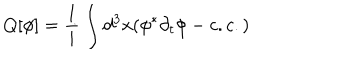
Q [ \phi ] = \frac { 1 } { i } \int d ^ { 3 } x ( \phi ^ { \ast } \partial _ { t } \phi - c . c . )